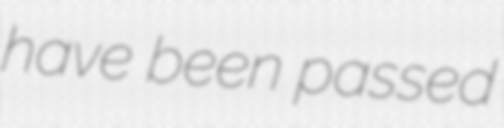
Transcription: have been passed